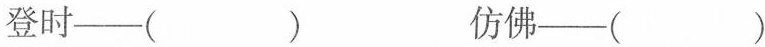
登时—( ) 仿佛—( )